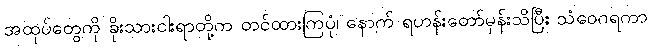
အထုပ်တွေကို ခိုးသားငါးရာတို့က တင်ထားကြပုံ၊ နောက် ရဟန်းတော်မှန်းသိပြီး သံဝေဂရကာ